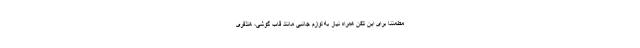
مطمئنا برای این تلفن همراه نیاز به لوازم جانبی مانند قاب گوشی، هنذفری